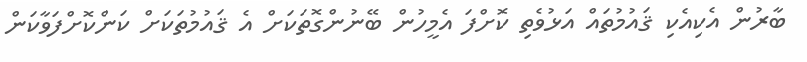
ބާރުން އެކިއެކި ޤައުމުތައް އަޅުވެތި ކޮށްފަ އެމީހުން ބޭނުންގޮތަކަށް އެ ޤައުމުތަކަށް ކަންކޮށްފަވާކަން